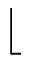
\lfloor